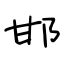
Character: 邯